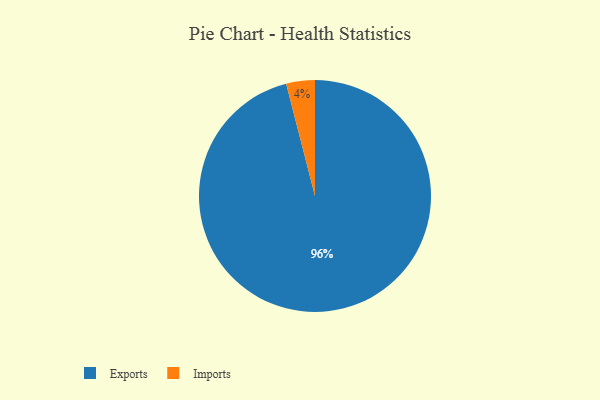
{"axis": {"x": "Category", "y": "Percentage"}, "legend": ["Exports", "Imports"], "data": [{"x": "Exports", "y": 96, "type": "Exports"}, {"x": "Imports", "y": 4, "type": "Imports"}]}